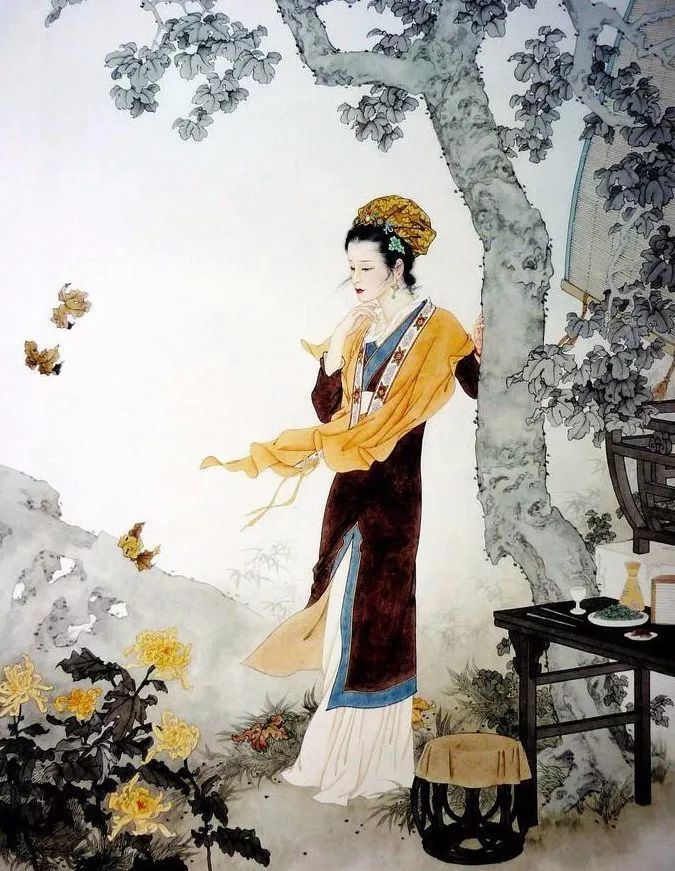
这次第，怎一个愁字了得！